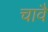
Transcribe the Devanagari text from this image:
चावै